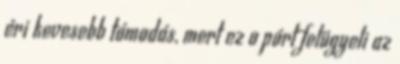
éri kevesebb támadás, mert ez a párt felügyeli az